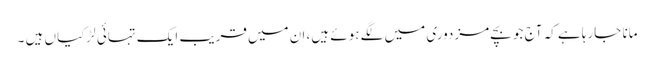
مانا جارہا ہے کہ آج جو بچے مزدوری میں لگے ہوئے ہیں، ان میں قریب ایک تہائی لڑکیاں ہیں ۔